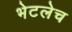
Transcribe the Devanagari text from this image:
भेटलेच